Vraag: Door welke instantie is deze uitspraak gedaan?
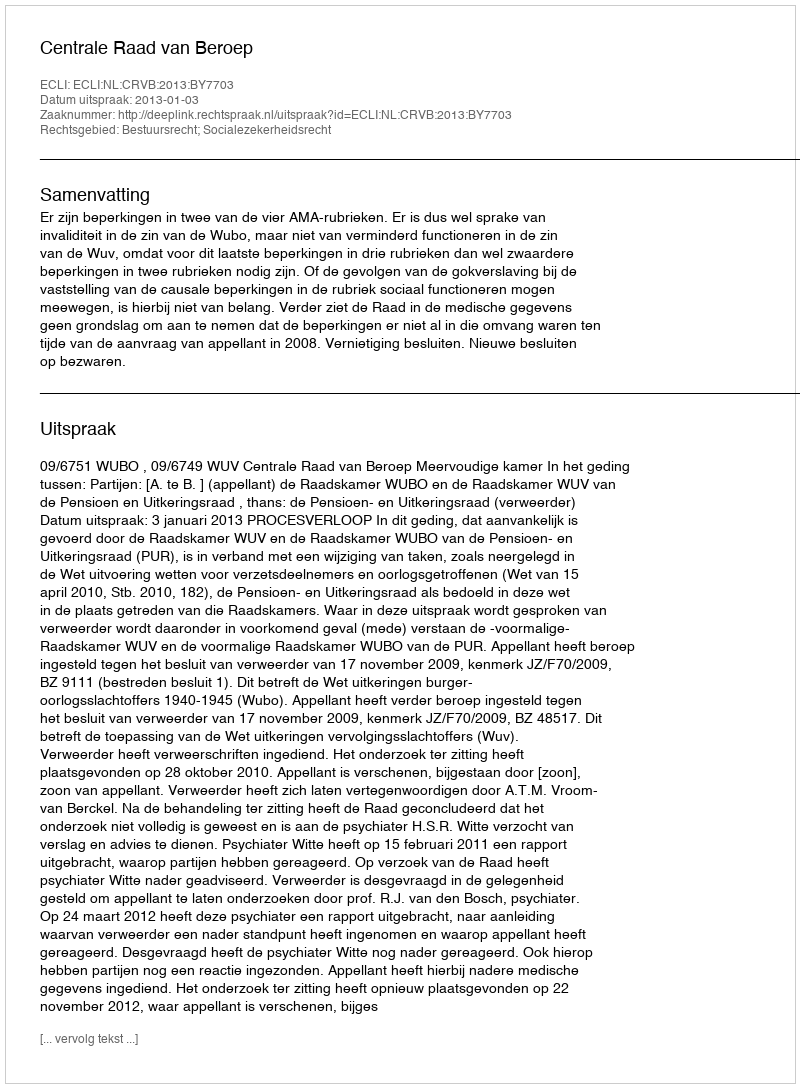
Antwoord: Centrale Raad van Beroep